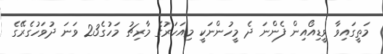
މަތީގައިވާ ވީޑިއޯއިން ފެންނަ ދެ މީހުންނަކީ މިއަހަރުގެ މާރިޗު މަހުގެ23 ވަނަ ދުވަހުގެރޭގެ